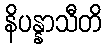
နိပန္နာသီတိ